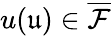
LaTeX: u(\mathfrak{u})\in\overline{{\mathcal{F}}}